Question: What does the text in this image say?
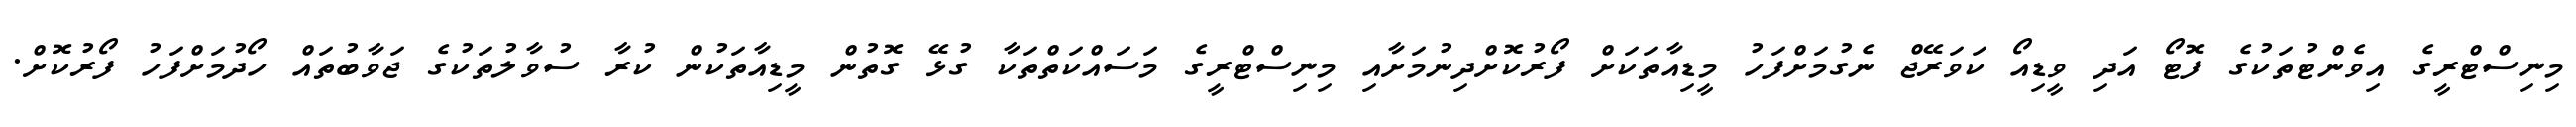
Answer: މިނިސްޓްރީގެ އިވެންޓުތަކުގެ ފޮޓޯ އަދި ވީޑިއޯ ކަވަރޭޖް ނެގުމަށްފަހު މީޑިއާތަކަށް ފޯރުކޮށްދިނުމަށާއި މިނިސްޓްރީގެ މަސައްކަތްތަކާ ގުޅޭ ގޮތުން މީޑިއާތަކުން ކުރާ ސުވާލުތަކުގެ ޖަވާބުތައް ހޯދުމަށްފަހު ފޯރުކޮށް.